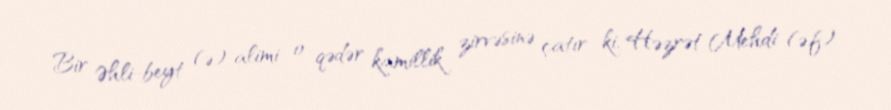
Bir Əhli-beyt (ə) alimi o qədər kamillik zirvəsinə çatır ki, Həzrət Mehdi (ə.f)